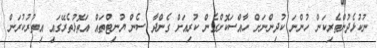
ނުކުޅެދުންތެރިކަން ހުންނަ ކުދިންނަށް ހާއްސަކޮށްގެން ކުރިއަށް ގެންދާ ސެން ޔުނިޓްތައް އަތޮޅުތެރޭގައި އިތުރުކުރަން